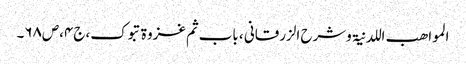
المواھب اللدنیۃ وشرح الزرقانی ، باب ثم غزوۃ تبوک،ج۴،ص۶۸۔